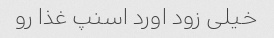
خیلی زود اورد اسنپ غذا رو